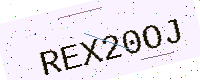
Text: REX20OJ